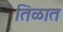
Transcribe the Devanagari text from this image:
तिळात